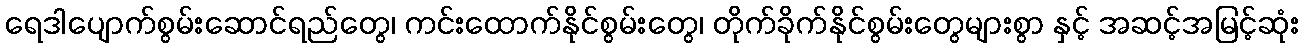
ရေဒါပျောက်စွမ်းဆောင်ရည်တွေ၊ ကင်းထောက်နိုင်စွမ်းတွေ၊ တိုက်ခိုက်နိုင်စွမ်းတွေများစွာ နှင့် အဆင့်အမြင့်ဆုံး